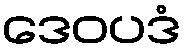
ဒေဝပဒံ